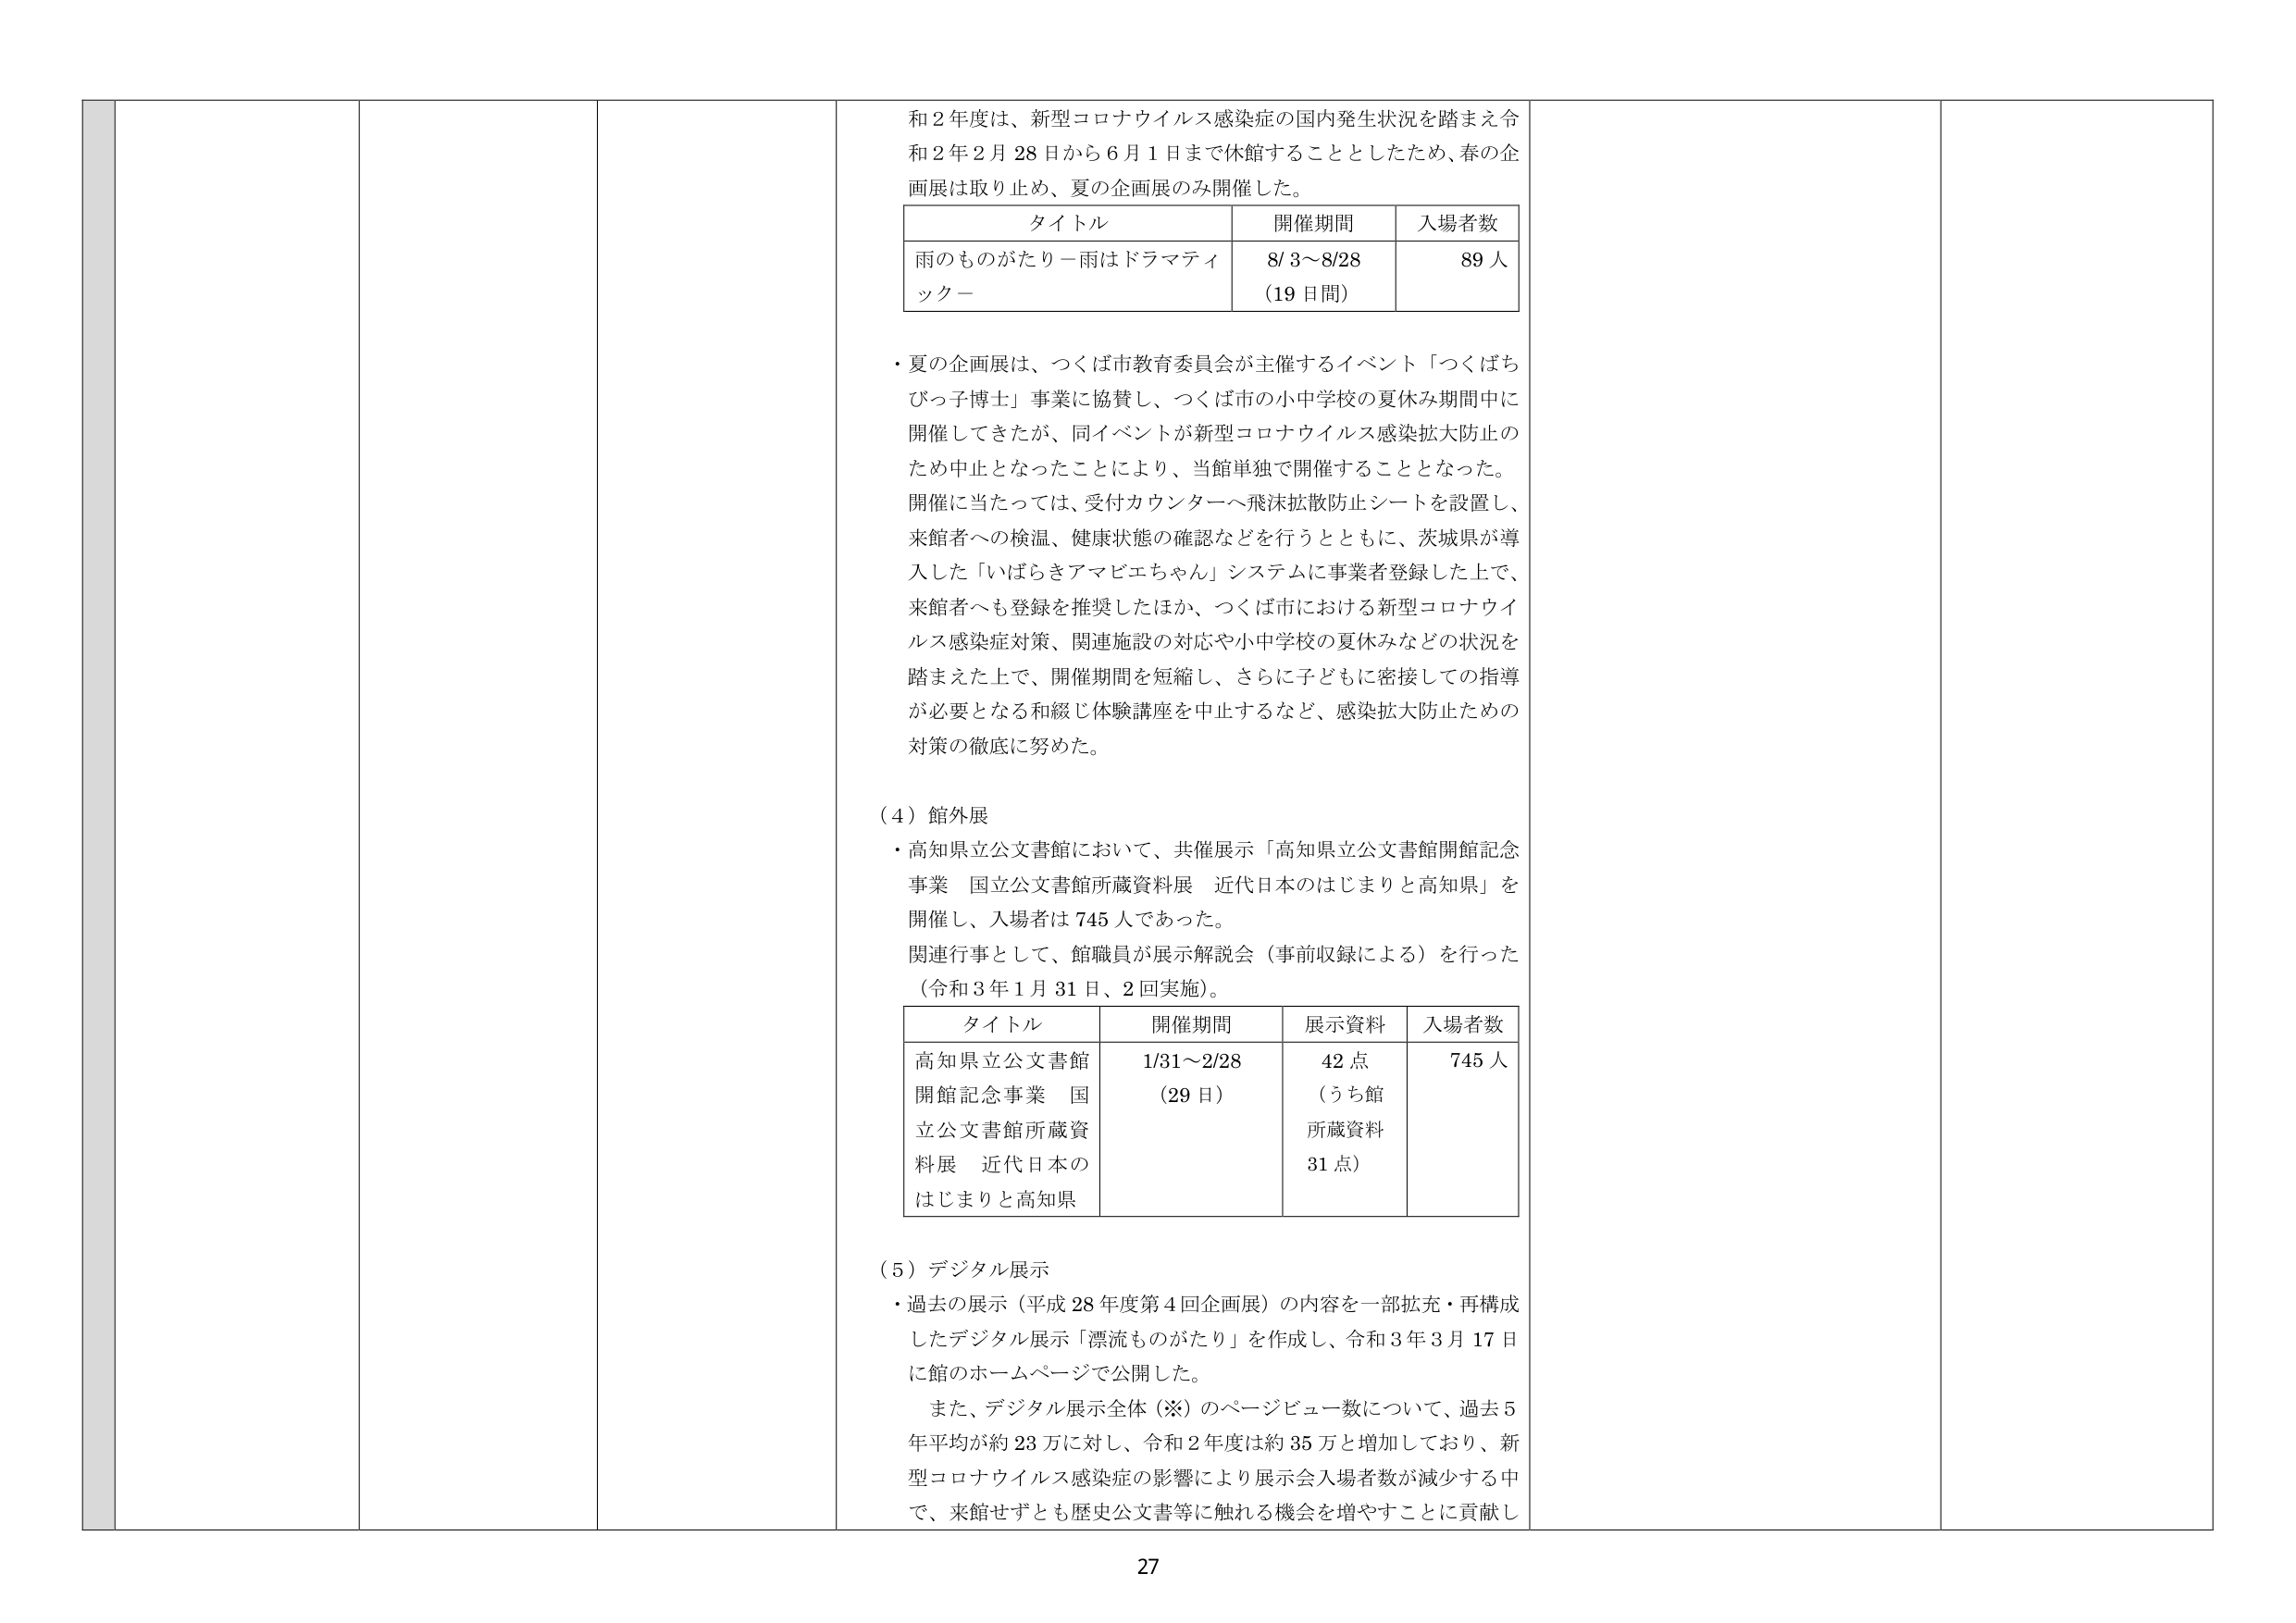
和２年度は、新型コロナウイルス感染症の国内発生状況を踏まえ令和２年２月２８日から６月１日まで休館することとしたため、春の企画展は取り止め、夏の企画展のみ開催した。

タイトル 開催期間 入場者数
雨のものがたり－雨はドラマティック－ 8/3～8/28 （19日間） 89人

・夏の企画展は、つくば市教育委員会が主催するイベント「つくばちびっ子博士」事業に協賛し、つくば市の小中学校の夏休み期間中に開催してきたが、同イベントが新型コロナウイルス感染拡大防止のため中止となったことにより、当館単独で開催することとなった。開催に当たっては、受付カウンターへ飛沫拡散防止シートを設置し、来館者への検温、健康状態の確認などを行うとともに、茨城県が導入した「いばらきアマビエちゃん」システムに事業者登録した上で、来館者へも登録を推奨したほか、つくば市における新型コロナウイルス感染症対策、関連施設の対応や小中学校の夏休みなどの状況を踏まえた上で、開催期間を短縮し、さらに子どもに密接しての指導が必要となる和綴じ体験講座を中止するなど、感染拡大防止ための対策の徹底に努めた。

（４）館外展
・高知県立公文書館において、共催展示「高知県立公文書館開館記念事業 国立公文書館所蔵資料展 近代日本のはじまりと高知県」を開催し、入場者は745人であった。
関連行事として、館職員が展示解説会（事前収録による）を行った（令和３年１月31日、２回実施）。

タイトル 開催期間 展示資料 入場者数
高知県立公文書館開館記念事業 国立公文書館所蔵資料展 近代日本のはじまりと高知県 1/31～2/28 （29日） 42点 （うち館所蔵資料31点） 745人

（５）デジタル展示
・過去の展示（平成28年度第４回企画展）の内容を一部拡充・再構成したデジタル展示「漂流ものがたり」を作成し、令和３年３月17日に館のホームページで公開した。
また、デジタル展示全体（※）のページビュー数について、過去５年平均が約23万に対し、令和２年度は約35万と増加しており、新型コロナウイルス感染症の影響により展示会入場者数が減少する中で、来館せずとも歴史公文書等に触れる機会を増やすことに貢献し

27